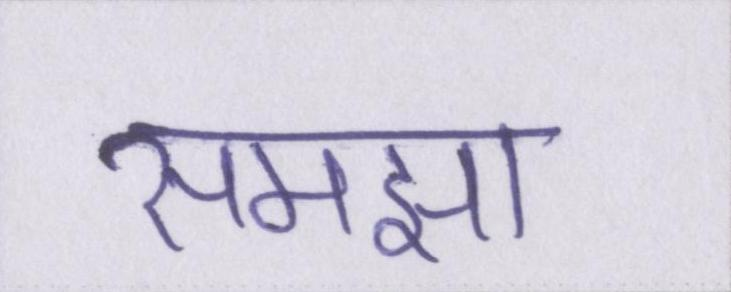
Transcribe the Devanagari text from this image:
समझा